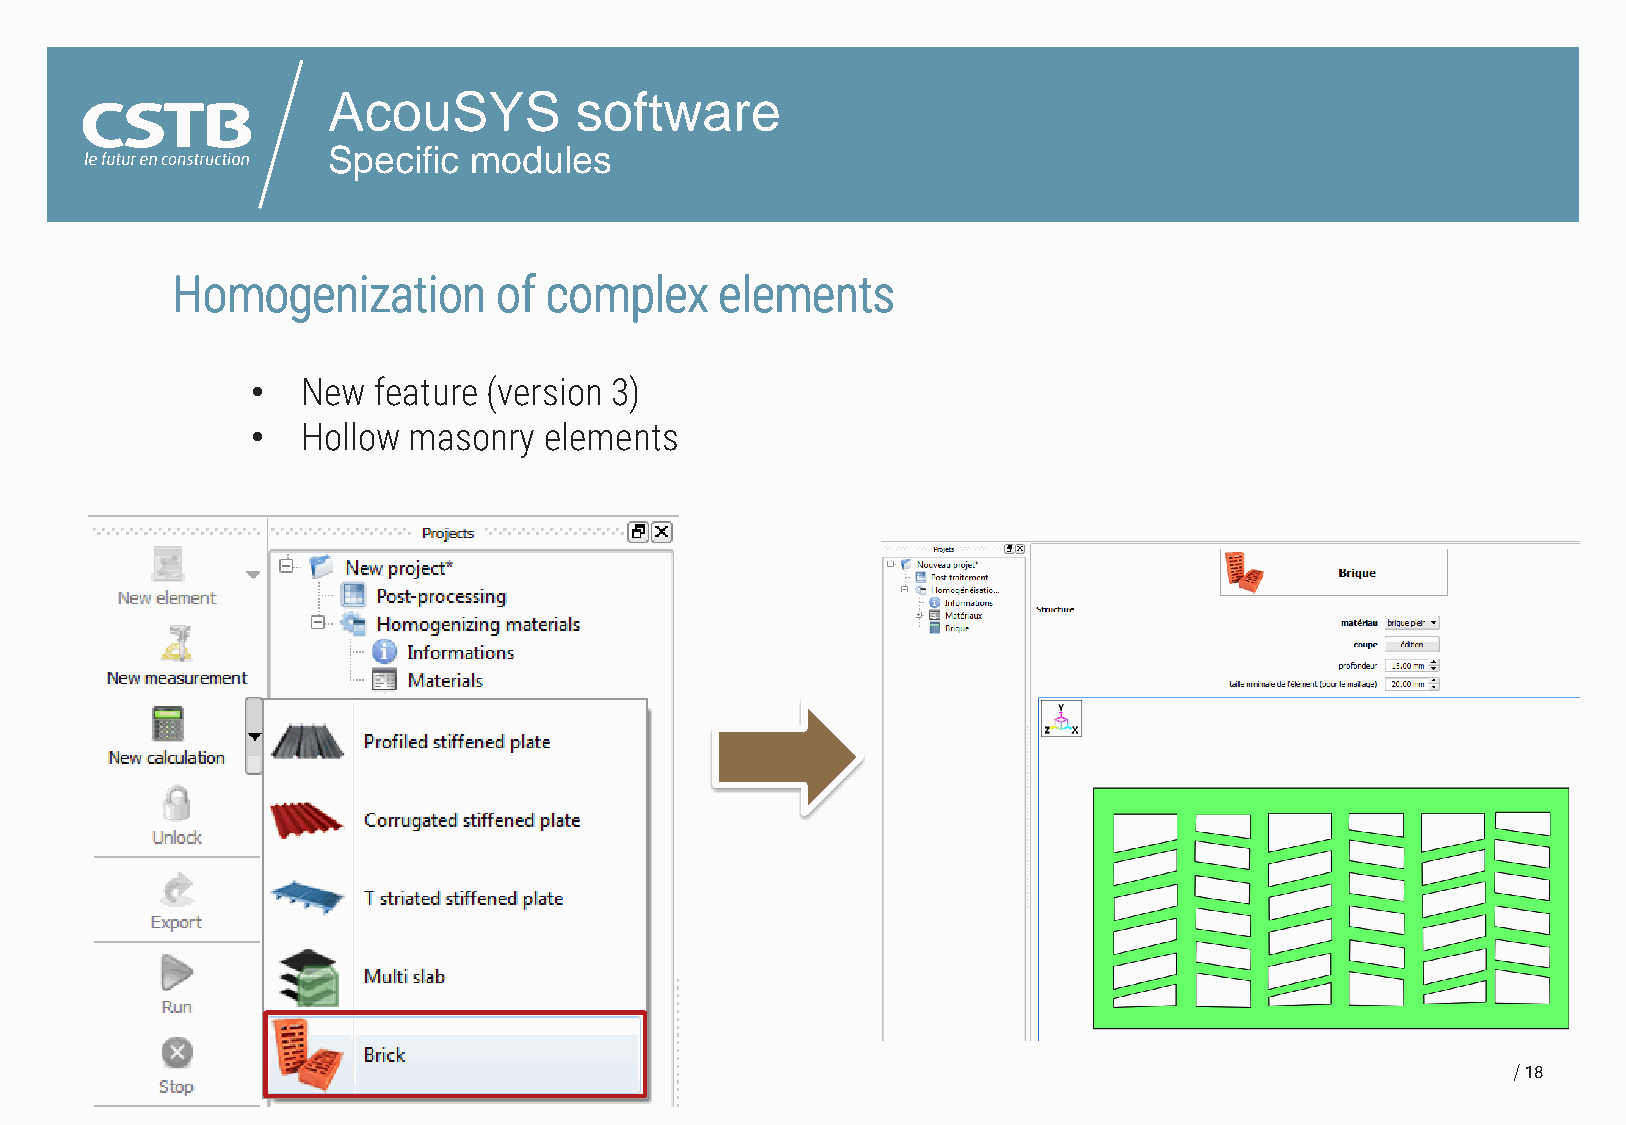
AcouSYS         software
 Specific modules
 Homogenization        of complex     elements
 •  New  feature (version 3)
 •  Hollow masonry  elements
 18